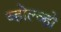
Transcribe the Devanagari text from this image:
व्होल्व्हो